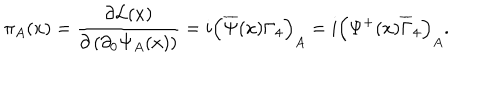
\pi _ { A } ( x ) = \frac { \partial { \cal L } ( x ) } { \partial \left( \partial _ { 0 } \Psi _ { A } ( x ) \right) } = i \left( \overline { { { \Psi } } } ( x ) \Gamma _ { 4 } \right) _ { A } = i \left( \Psi ^ { + } ( x ) \overline { { { \Gamma } } } _ { 4 } \right) _ { A } .